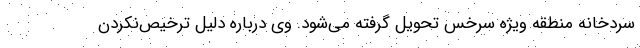
سردخانه منطقه ویژه سرخس تحویل گرفته می‌شود. وی درباره دلیل ترخیص‌نکردن